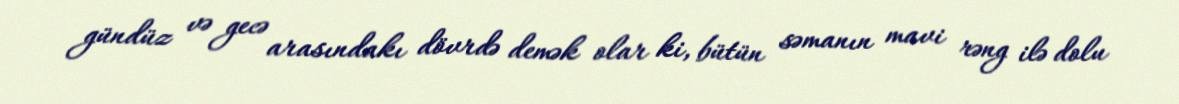
gündüz və gecə arasındakı dövrdə demək olar ki, bütün səmanın mavi rəng ilə dolu